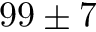
9 9 \pm 7